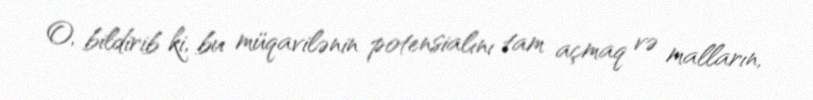
O, bildirib ki, bu müqavilənin potensialını tam açmaq və malların,